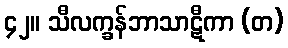
၄၂။ သီလက္ခန်ဘာသာဋီကာ (တ)